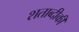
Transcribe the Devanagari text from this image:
शताब्दीकी